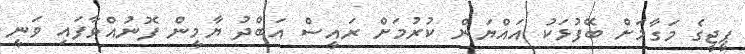
ޕީޖީގެ މަގާމަށް ބޭފުޅަކު އައްޔަން ކުރުމަށް ރައީސް އަބްދު ޔާމީން ފޮނުއްވާފައި ވަނީ